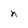
Character: n